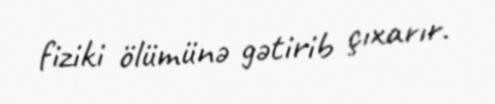
fiziki ölümünə gətirib çıxarır.